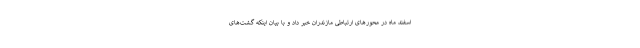
اسفند ماه در محورهای ارتباطی مازندران خبر داد و با بیان اینکه گشت‌های